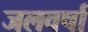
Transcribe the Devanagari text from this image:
जलवर्षा